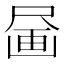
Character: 𪽗